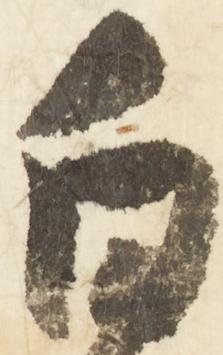
白